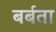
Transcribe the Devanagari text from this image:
बर्बता